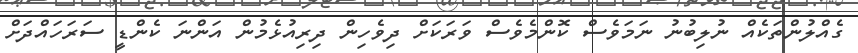
ގެއްލުންތަކެއް ނުލިބުނު ނަމަވެސް ކޮންމެވެސް ވަރަކަށް ދިވެހިން ދިރިއުޅެމުން އަންނަ ކެންޑީ ސަރަހައްދަށް